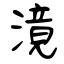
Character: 滰